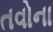
તવોના